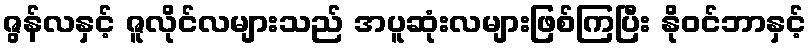
ဇွန်လနှင့် ဇူလိုင်လများသည် အပူဆုံးလများဖြစ်ကြပြီး နိုဝင်ဘာနှင့်